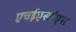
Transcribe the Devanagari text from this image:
एचईएसईएस